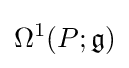
\Omega ^{1}(P;{\mathfrak {g}})